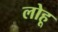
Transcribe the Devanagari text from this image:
लोहू